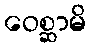
ဝေစ္ဆာမိ